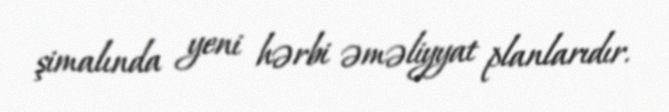
şimalında yeni hərbi əməliyyat planlarıdır.